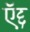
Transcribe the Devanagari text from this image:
ऍद्द